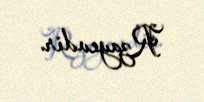
Rzayevdir.